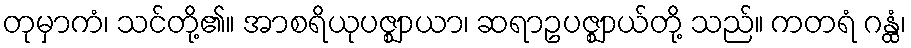
တုမှာကံ၊ သင်တို့၏။ အာစရိယုပဇ္ဈာယာ၊ ဆရာဥပဇ္ဈာယ်တို့ သည်။ ကတရံ ဂန္ထံ၊